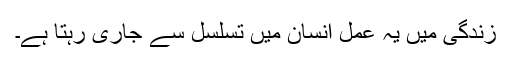
زندگی میں یہ عمل انسان میں تسلسل سے جاری رہتا ہے۔